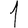
Digit: 1